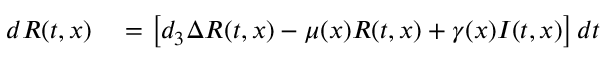
\begin{array} { r l } { d R ( t , x ) } & { { } = \left[ d _ { 3 } \Delta R ( t , x ) - \mu ( x ) R ( t , x ) + { \gamma ( x ) I ( t , x ) } \right] d t } \end{array}